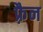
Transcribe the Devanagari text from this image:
फ़्रैन